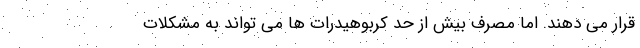
قرار می دهند. اما مصرف بیش از حد کربوهیدرات ها می تواند به مشکلات